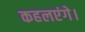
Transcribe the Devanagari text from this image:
कहलएंगे।